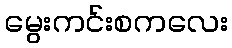
မွေးကင်းစကလေး